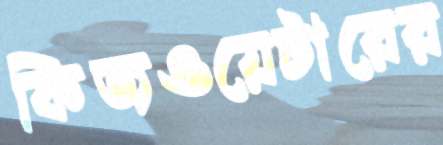
কিজওয়েটারের